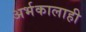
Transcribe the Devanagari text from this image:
अर्भकालाही